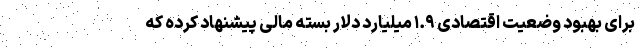
برای بهبود وضعیت اقتصادی ۱.۹ میلیارد دلار بسته مالی پیشنهاد کرده که